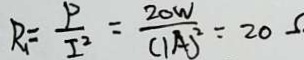
R _ { 1 } = \frac { P } { I ^ { 2 } } = \frac { 2 0 W } { ( 1 A ) ^ { 2 } } = 2 0